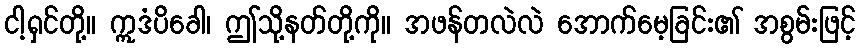
ငါ့ရှင်တို့။ ဣဒံပိခေါ၊ ဤသို့နတ်တို့ကို။ အဖန်တလဲလဲ အောက်မေ့ခြင်း၏ အစွမ်းဖြင့်